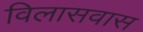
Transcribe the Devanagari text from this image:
विलासवास